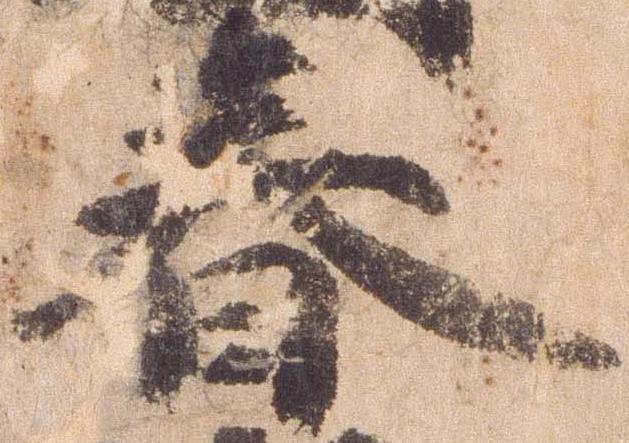
春